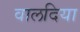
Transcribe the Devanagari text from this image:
वालदिया